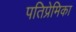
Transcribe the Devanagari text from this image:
पतिप्रेमिका